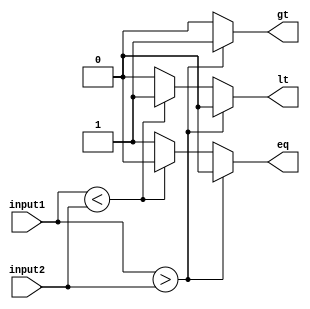
module unsigned_comparator(
    input [7:0] input1,
    input [7:0] input2,
    output reg gt,
    output reg lt,
    output reg eq
);

reg overflow;

always @(*) begin
    if (input1 > input2) begin
        gt = 1;
        lt = 0;
        eq = 0;
    end else if (input1 < input2) begin
        gt = 0;
        lt = 1;
        eq = 0;
    end else begin
        gt = 0;
        lt = 0;
        eq = 1;
    end

    if (input1 + input2 > 255) begin
        overflow = 1;
    end else begin
        overflow = 0;
    end
end

endmodule